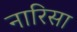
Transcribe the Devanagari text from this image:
नारिसा